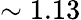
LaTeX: \sim 1.13